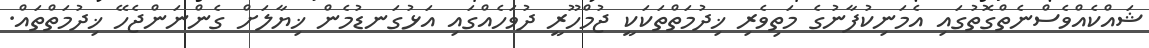
ޝައްކެއްވެސްނެތްގޮތުގައި އެމަނިކުފާނުގެ މަތިވެރި ޚިދުމަތްތަކަކީ ޖުމްހޫރީ ދުވަހެއްގައި އަޅުގަނޑުމެން ޚިޔާލަށް ގެންނަންޖެހޭ ޚިދުމަތްތައް.